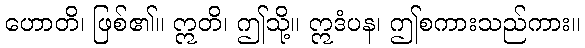
ဟောတိ၊ ဖြစ်၏။ ဣတိ၊ ဤသို့။ ဣဒံပန၊ ဤစကားသည်ကား။